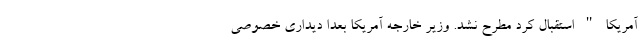
آمریکا " استقبال کرد مطرح نشد. وزیر خارجه آمریکا بعدا دیداری خصوصی